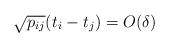
LaTeX: \begin{align*}\sqrt{p_{ij}} (t_i - t_j) = O( \delta )\end{align*}